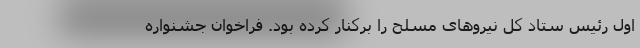
اول رئیس ستاد کل نیروهای مسلح را برکنار کرده بود. فراخوان‌ جشنواره